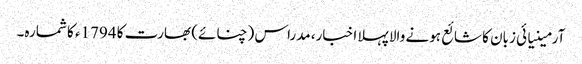
آرمینیائی زبان کا شائع ہونے والا پہلا اخبار، مدراس (چنائے) بھارت کا 1794ء کا شمارہ۔